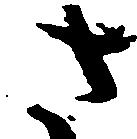
さ